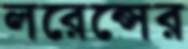
লরেন্সের